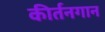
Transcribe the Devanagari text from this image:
कीर्तनगान